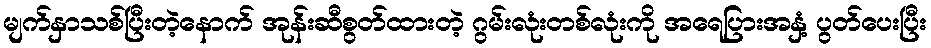
မျက်နှာသစ်ပြီးတဲ့နောက် အုန်းဆီစွတ်ထားတဲ့ ဂွမ်းလုံးတစ်လုံးကို အရေပြားအနှံ့ ပွတ်ပေးပြီး